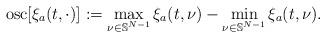
LaTeX: \begin{align*}{\rm osc}[\xi_a(t,\cdot)]:=\max_{\nu\in \mathbb S^{N-1}}\xi_a(t,\nu)-\min_{\nu\in \mathbb S^{N-1}}\xi_a(t,\nu).\end{align*}